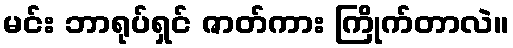
မင်း ဘာရုပ်ရှင် ဇာတ်ကား ကြိုက်တာလဲ။